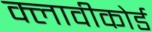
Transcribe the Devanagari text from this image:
क्लावीकोर्ड